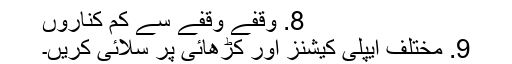
8. وقفے وقفے سے کم کناروں
9. مختلف ایپلی کیشنز اور کڑھائی پر سلائی کریں۔